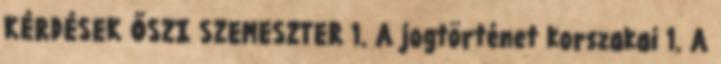
KÉRDÉSEK ŐSZI SZEMESZTER 1. A jogtörténet korszakai 1. A